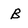
Character: B